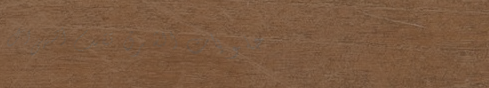
حلويات الشرق تقدم أشهى ال